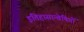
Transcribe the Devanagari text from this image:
इतिहासान्वेषियों